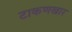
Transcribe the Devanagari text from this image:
टाकणखार